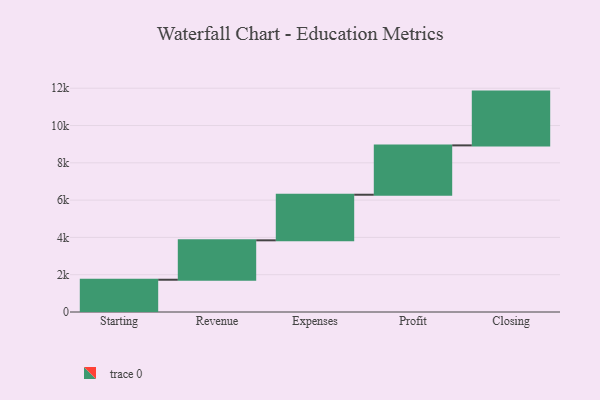
{"axis": {"x": "Step", "y": "Value"}, "legend": [""], "data": [{"x": "Starting", "y": 1730.0, "type": ""}, {"x": "Revenue", "y": 2114.0, "type": ""}, {"x": "Expenses", "y": 2445.0, "type": ""}, {"x": "Profit", "y": 2647.0, "type": ""}, {"x": "Closing", "y": 2884.0, "type": ""}]}